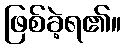
ဖြစ်ခဲ့ရ၏။